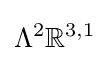
\Lambda ^{2}\mathbb {R} ^{3,1}